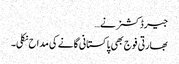
جیرڈ کشنر نے …
بھارتی فوج بھی پاکستانی گانے کی مداح نکلی۔